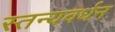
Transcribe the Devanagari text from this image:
स्तन्यवर्धन